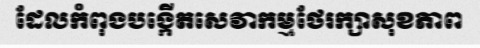
ដែលកំពុងបង្កើតសេវាកម្មថែរក្សាសុខភាព